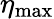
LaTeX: \eta_{\mathrm{max}}